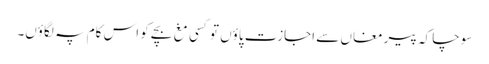
سوچا کہ پیرِ مغاں سے اجازت پاؤں تو کسی مغ بچے کو اس کام پہ لگاؤں۔